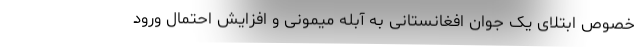
خصوص ابتلای یک جوان افغانستانی به آبله میمونی و افزایش احتمال ورود